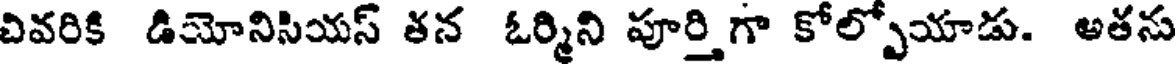
వివరికి డియోనిసియస్ తన ఓర్మిని పూర్తిగా కోల్పోయాడు. అతను